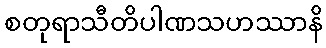
စတုရာသီတိပါဏသဟဿာနိ